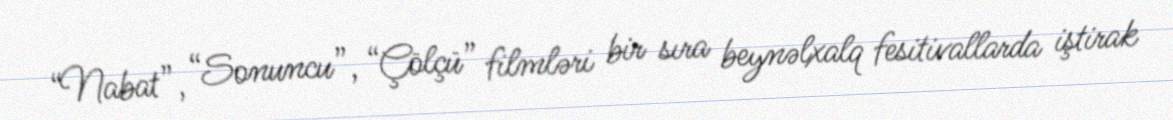
“Nabat”, “Sonuncu”, “Çölçü” filmləri bir sıra beynəlxalq fesitivallarda iştirak